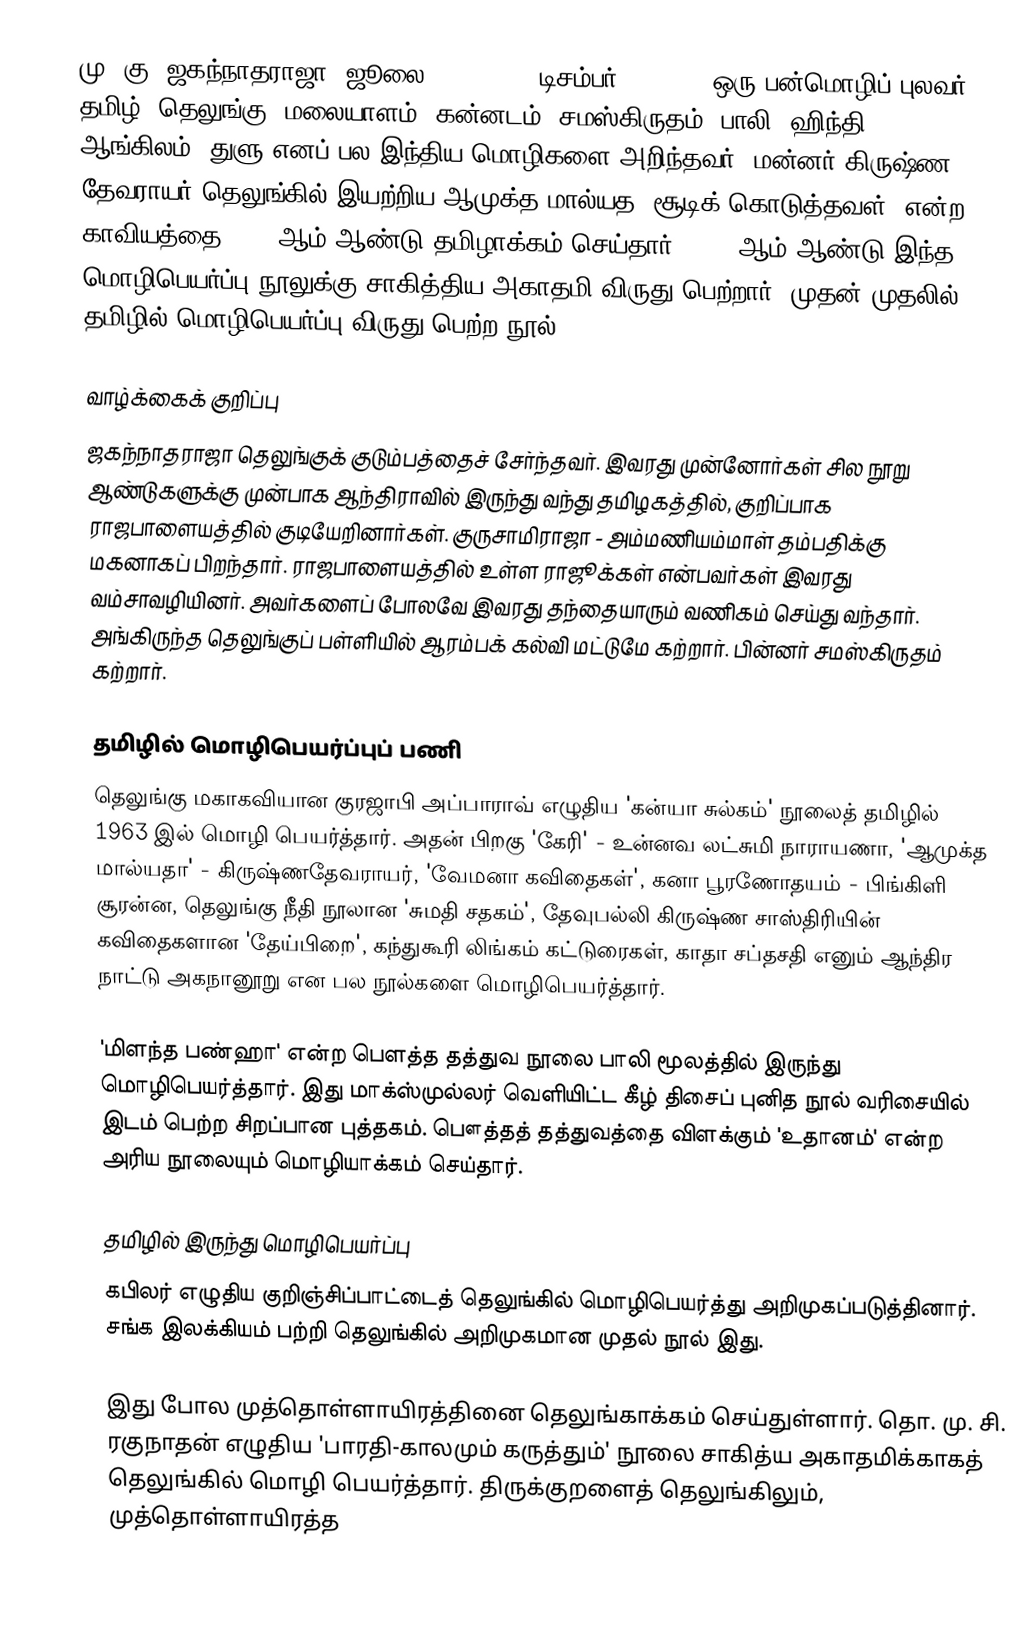
மு. கு. ஜகந்நாதராஜா (ஜூலை 26, 1933 - டிசம்பர் 2, 2008) ஒரு பன்மொழிப் புலவர். தமிழ், தெலுங்கு, மலையாளம், கன்னடம், சமஸ்கிருதம், பாலி, ஹிந்தி, ஆங்கிலம், துளு எனப் பல இந்திய மொழிகளை அறிந்தவர். மன்னர் கிருஷ்ண தேவராயர் தெலுங்கில் இயற்றிய ஆமுக்த மால்யத (சூடிக் கொடுத்தவள்) என்ற காவியத்தை 1988 ஆம் ஆண்டு தமிழாக்கம் செய்தார். 1989 ஆம் ஆண்டு இந்த மொழிபெயர்ப்பு நூலுக்கு சாகித்திய அகாதமி விருது பெற்றார். முதன் முதலில் தமிழில் மொழிபெயர்ப்பு விருது பெற்ற நூல்.

வாழ்க்கைக் குறிப்பு
ஜகந்நாதராஜா தெலுங்குக் குடும்பத்தைச் சேர்ந்தவர். இவரது முன்னோர்கள் சில நூறு ஆண்டுகளுக்கு முன்பாக ஆந்திராவில் இருந்து வந்து தமிழகத்தில், குறிப்பாக ராஜபாளையத்தில் குடியேறினார்கள். குருசாமிராஜா - அம்மணியம்மாள் தம்பதிக்கு மகனாகப் பிறந்தார். ராஜபாளையத்தில் உள்ள ராஜூக்கள் என்பவர்கள் இவரது வம்சாவழியினர். அவர்களைப் போலவே இவரது தந்தையாரும் வணிகம் செய்து வந்தார். அங்கிருந்த தெலுங்குப் பள்ளியில் ஆரம்பக் கல்வி மட்டுமே கற்றார். பின்னர் சமஸ்கிருதம் கற்றார்.

தமிழில் மொழிபெயர்ப்புப் பணி
தெலுங்கு மகாகவியான குரஜாபி அப்பாராவ் எழுதிய 'கன்யா சுல்கம்' நூலைத் தமிழில் 1963 இல் மொழி பெயர்த்தார். அதன் பிறகு 'கேரி' - உன்னவ லட்சுமி நாராயணா, 'ஆமுக்த மால்யதா' - கிருஷ்ணதேவராயர், 'வேமனா கவிதைகள்', கனா பூரணோதயம் - பிங்கிளி சூரன்ன, தெலுங்கு நீதி நூலான 'சுமதி சதகம்', தேவுபல்லி கிருஷ்ண சாஸ்திரியின் கவிதைகளான 'தேய்பிறை', கந்துகூரி லிங்கம் கட்டுரைகள், காதா சப்தசதி எனும் ஆந்திர நாட்டு அகநானூறு என பல நூல்களை மொழிபெயர்த்தார்.

'மிளந்த பண்ஹா' என்ற பெளத்த தத்துவ நூலை பாலி மூலத்தில் இருந்து மொழிபெயர்த்தார். இது மாக்ஸ்முல்லர் வெளியிட்ட கீழ் திசைப் புனித நூல் வரிசையில் இடம் பெற்ற சிறப்பான புத்தகம். பௌத்தத் தத்துவத்தை விளக்கும் 'உதானம்' என்ற அரிய நூலையும் மொழியாக்கம் செய்தார்.

தமிழில் இருந்து மொழிபெயர்ப்பு
கபிலர் எழுதிய குறிஞ்சிப்பாட்டைத் தெலுங்கில் மொழிபெயர்த்து அறிமுகப்படுத்தினார். சங்க இலக்கியம் பற்றி தெலுங்கில் அறிமுகமான முதல் நூல் இது.

இது போல முத்தொள்ளாயிரத்தினை தெலுங்காக்கம் செய்துள்ளார். தொ. மு. சி. ரகுநாதன் எழுதிய 'பாரதி-காலமும் கருத்தும்' நூலை சாகித்ய அகாதமிக்காகத் தெலுங்கில் மொழி பெயர்த்தார். திருக்குறளைத் தெலுங்கிலும், முத்தொள்ளாயிரத்த